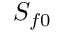
S _ { f 0 }